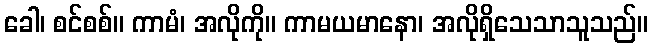
ခေါ၊ စင်စစ်။ ကာမံ၊ အလိုကို။ ကာမယမာနော၊ အလိုရှိသေသာသူသည်။